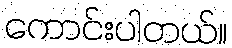
ကောင်းပါတယ်။